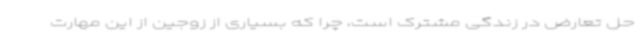
حل تعارض در زندگی مشترک است، چرا که بسیاری از زوجین از این مهارت